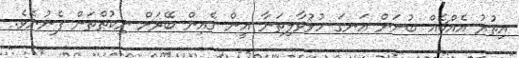
އިތުރު އެއްޗެއް ބުނަން އަނގަ ހުޅުވާލިތަނާ އީން ގެއިން ބޭރަށް ނިކުތްތަން ފެނުނެވެ.